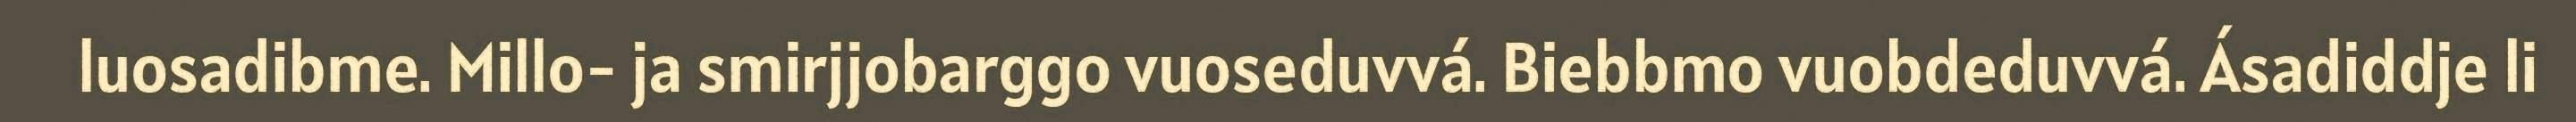
luosadibme. Millo- ja smirjjobarggo vuoseduvvá. Biebbmo vuobdeduvvá. Ásadiddje li